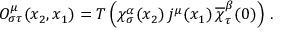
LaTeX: { \cal O } _ { \sigma \tau } ^ { \mu } ( x _ { 2 } , x _ { 1 } ) = T \left( \chi _ { \sigma } ^ { \alpha } ( x _ { 2 } ) \, j ^ { \mu } ( x _ { 1 } ) \, \overline { { \chi } } _ { \tau } ^ { \beta } ( 0 ) \right) \, .